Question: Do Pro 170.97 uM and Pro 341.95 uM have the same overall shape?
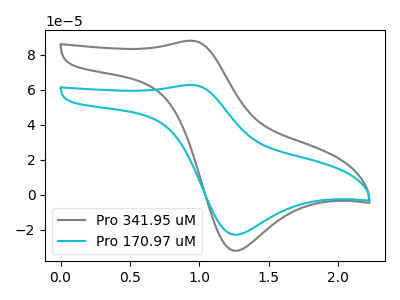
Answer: <think>The gray curve "Pro 341.95 uM" has an anodic peak at (0.95V, 88.10uA) and a cathodic peak at (1.25V, -32.00uA). The cyan curve "Pro 170.97 uM" has an anodic peak at (0.95V, 62.80uA) and a cathodic peak at (1.25V, -22.85uA).
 All the peaks in "Pro 170.97 uM" have a peak in "Pro 341.95 uM" at the same potential. Every peak in "Pro 170.97 uM" is lower than every peak in "Pro 341.95 uM".</think>
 <answer>"Pro 170.97 uM" and "Pro 341.95 uM" are similar in shape.</answer>
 <eval>same_shape</eval>